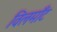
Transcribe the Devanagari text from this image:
विलमाँट